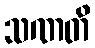
သဏတိ